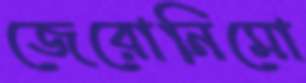
জেরোনিমো